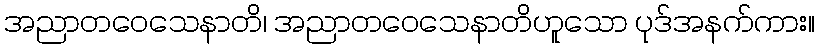
အညာတဝေသေနာတိ၊ အညာတဝေသေနာတိဟူသော ပုဒ်အနက်ကား။